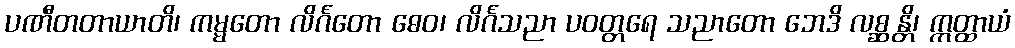
ပဏီတတာယာတိ၊ ကမ္မတော လိင်္ဂတော ဓေဝ၊ လိင်္ဂသညာ ပဝတ္တရေ သညာတော ဘေဒိ လစ္ဆန္တိ၊ ဣတ္ထာယံ